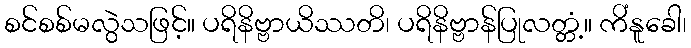
စင်စစ်မလွဲသဖြင့်။ ပရိနိဗ္ဗာယိဿတိ၊ ပရိနိဗ္ဗာန်ပြုလတ္တံ့။ ကိံနူခေါ၊